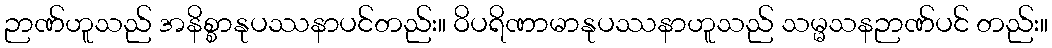
ဉာဏ်ဟူသည် အနိစ္စာနုပဿနာပင်တည်း။ ဝိပရိဏာမာနုပဿနာဟူသည် သမ္မသနဉာဏ်ပင် တည်း။